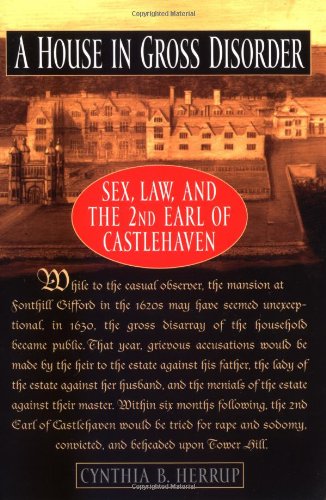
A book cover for A House in Gross Disorder: Sex, Law, and the 2nd Earl of Castlehaven (Sex, Law, and the Second Earl of Castlehaven); Cynthia B. Herrup; Law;